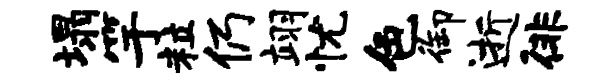
塌竽粒仍翊忧色御逝徘